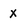
Character: x